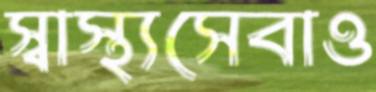
স্বাস্থ্যসেবাও